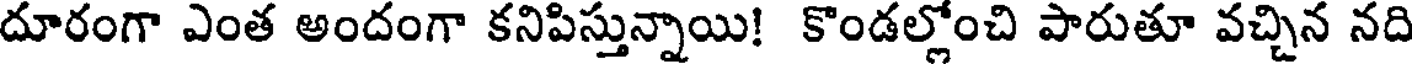
దూరంగా ఎంత అందంగా కనిపిస్తున్నాయి! కొండల్లోంచి పారుతూ వచ్చిన నది